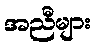
အညီများ